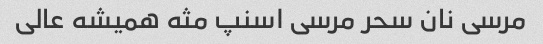
مرسی نان سحر مرسی اسنپ مثه همیشه عالی